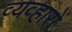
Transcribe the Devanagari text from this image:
व्यव्हारों